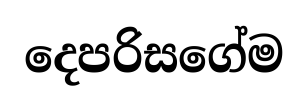
දෙපරිසගේම